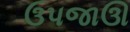
ઉપજાઊ